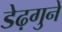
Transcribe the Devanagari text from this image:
डेढ़गुने